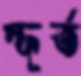
স্ফূর্ত